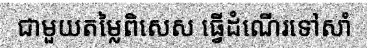
ជាមួយតម្លៃពិសេស ធ្វើដំណើរទៅសាំ